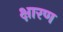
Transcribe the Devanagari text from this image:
क्षारण